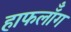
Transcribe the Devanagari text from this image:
हाफलॉँग